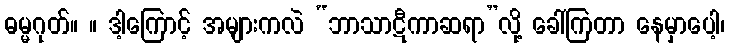
ဓမ္မဂုတ်။ ။ ဒါ့ကြောင့် အများကလဲ “ဘာသာဋီကာဆရာ”လို့ ခေါ်ကြတာ နေမှာပေါ့၊